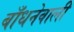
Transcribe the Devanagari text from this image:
बाँधनेवाली